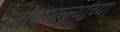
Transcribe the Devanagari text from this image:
लांबपल्ल्याच्या